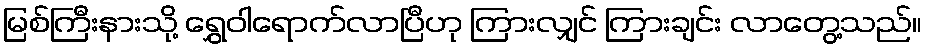
မြစ်ကြီးနားသို့ ရွှေဝါရောက်လာပြီဟု ကြားလျှင် ကြားချင်း လာတွေ့သည်။